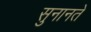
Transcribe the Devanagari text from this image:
सुनानते